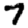
Digit: 7